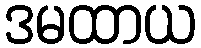
ဒမထာယ